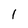
Character: 1